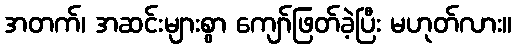
အတက်၊ အဆင်းများစွာ ကျော်ဖြတ်ခဲ့ပြီး မဟုတ်လား။